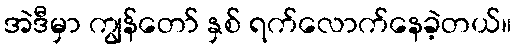
အဲဒီမှာ ကျွန်တော် နှစ် ရက်လောက်နေခဲ့တယ်။